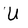
Character: U